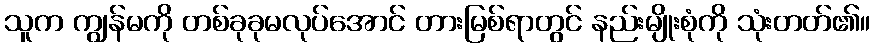
သူက ကျွန်မကို တစ်ခုခုမလုပ်အောင် တားမြစ်ရာတွင် နည်းမျိုးစုံကို သုံးတတ်၏။